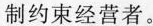
制约束经营者。